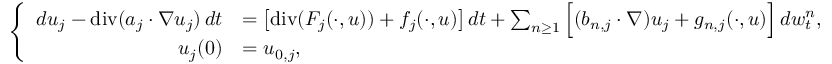
\left\{ \begin{array} { r l } { d u _ { j } - \normalfont { \mathrm { d i v } } ( a _ { j } \cdot \nabla u _ { j } ) \, d t } & { = \big [ \normalfont { \mathrm { d i v } } ( F _ { j } ( \cdot , u ) ) + f _ { j } ( \cdot , u ) \big ] \, d t + \sum _ { n \geq 1 } \Big [ ( b _ { n , j } \cdot \nabla ) u _ { j } + g _ { n , j } ( \cdot , u ) \Big ] \, d w _ { t } ^ { n } , } \\ { u _ { j } ( 0 ) } & { = u _ { 0 , j } , } \end{array} \right.